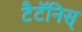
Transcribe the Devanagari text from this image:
टैटॅनिस्